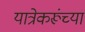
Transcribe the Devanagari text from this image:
यात्रेकरूंच्या